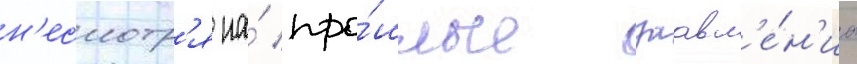
н'есмотр'я на́ про́шлые заавл'е́н'иа